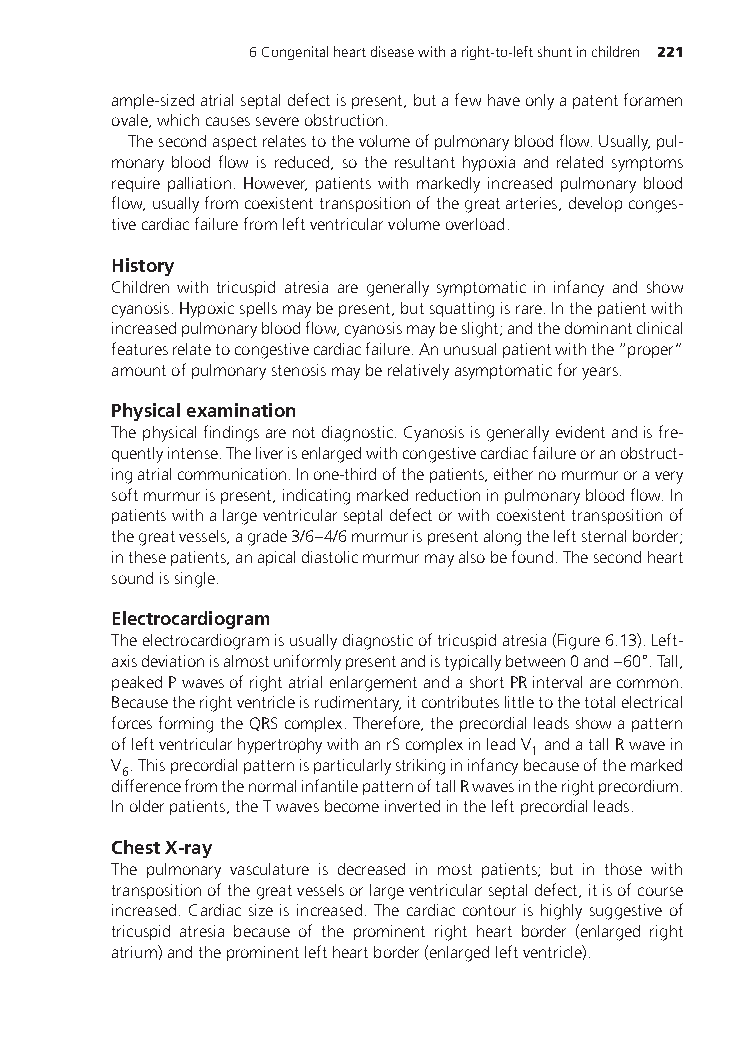
6Congenitalheartdiseasewitharight-to-leftshuntinchildren 221
 ample-sizedatrialseptaldefectispresent,butafewhaveonlyapatentforamen
 ovale,whichcausessevereobstruction.
 Thesecondaspectrelatestothevolumeofpulmonarybloodflow.Usually,pul-
 monary blood flow is reduced, so the resultant hypoxia and related symptoms
 require palliation. However, patients with markedly increased pulmonary blood
 flow,usuallyfromcoexistenttranspositionofthegreatarteries,developconges-
 tivecardiacfailurefromleftventricularvolumeoverload.
 History
 Children with tricuspid atresia are generally symptomatic in infancy and show
 cyanosis.Hypoxicspellsmaybepresent,butsquattingisrare.Inthepatientwith
 increasedpulmonarybloodflow,cyanosismaybeslight;andthedominantclinical
 featuresrelatetocongestivecardiacfailure.Anunusualpatientwiththe“proper”
 amountofpulmonarystenosismayberelativelyasymptomaticforyears.
 Physicalexamination
 Thephysicalfindingsarenotdiagnostic.Cyanosisisgenerallyevidentandisfre-
 quentlyintense.Theliverisenlargedwithcongestivecardiacfailureoranobstruct-
 ingatrialcommunication.Inone-thirdofthepatients,eithernomurmuroravery
 softmurmurispresent,indicatingmarkedreductioninpulmonarybloodflow.In
 patientswithalargeventricularseptaldefectorwithcoexistenttranspositionof
 thegreatvessels,agrade3/6–4/6murmurispresentalongtheleftsternalborder;
 inthesepatients,anapicaldiastolicmurmurmayalsobefound.Thesecondheart
 soundissingle.
 Electrocardiogram
 Theelectrocardiogramisusuallydiagnosticoftricuspidatresia(Figure6.13).Left-
 ∘
 axisdeviationisalmostuniformlypresentandistypicallybetween0and–60 .Tall,
 peakedPwavesofrightatrialenlargementandashortPRintervalarecommon.
 Becausetherightventricleisrudimentary,itcontributeslittletothetotalelectrical
 forcesformingtheQRScomplex.Therefore,theprecordialleadsshowapattern
 ofleftventricularhypertrophywithanrScomplexinleadV andatallRwavein
 1
 V .Thisprecordialpatternisparticularlystrikingininfancybecauseofthemarked
 6
 differencefromthenormalinfantilepatternoftallRwavesintherightprecordium.
 Inolderpatients,theTwavesbecomeinvertedintheleftprecordialleads.
 ChestX-ray
 The pulmonary vasculature is decreased in most patients; but in those with
 transpositionofthegreatvesselsorlargeventricularseptaldefect,itisofcourse
 increased. Cardiac size is increased. The cardiac contour is highly suggestive of
 tricuspid atresia because of the prominent right heart border (enlarged right
 atrium)andtheprominentleftheartborder(enlargedleftventricle).